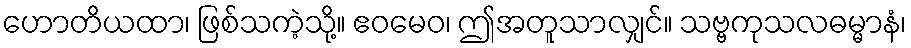
ဟောတိယထာ၊ ဖြစ်သကဲ့သို့။ ဧဝမေဝ၊ ဤအတူသာလျှင်။ သဗ္ဗကုသလဓမ္မာနံ၊